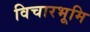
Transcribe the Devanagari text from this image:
विचारभूमि